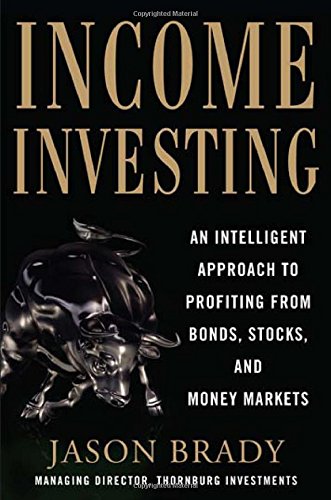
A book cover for Income Investing with Bonds, Stocks and Money Markets; Jason Brady; Business & Money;